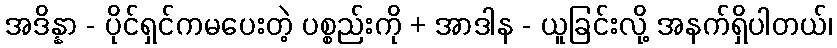
အဒိန္နာ - ပိုင်ရှင်ကမပေးတဲ့ ပစ္စည်းကို + အာဒါန - ယူခြင်းလို့ အနက်ရှိပါတယ်၊